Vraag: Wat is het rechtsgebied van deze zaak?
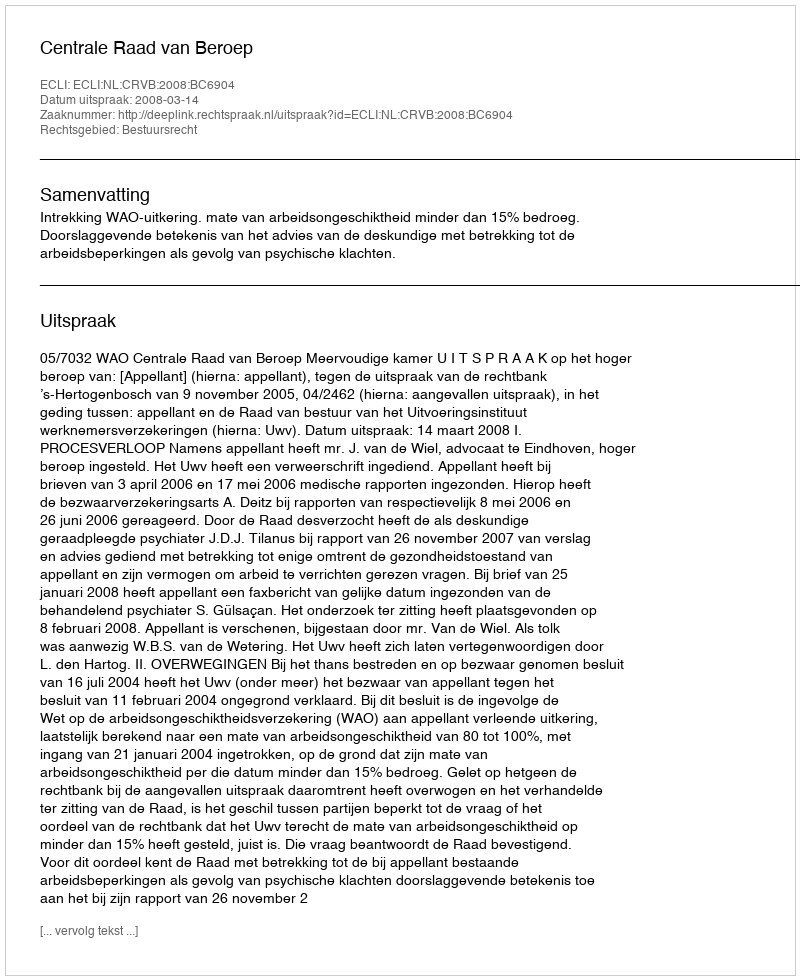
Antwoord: Bestuursrecht